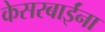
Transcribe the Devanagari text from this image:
केसरबाईंना